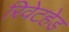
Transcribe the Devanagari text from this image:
रिवेटहेड